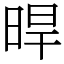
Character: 晘